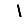
Digit: 1